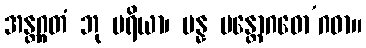
အန္တဂ္ဂတံ ဘု ပရိယာ၊ ပန္န မန္တောဂဓော’ဂဓာ။